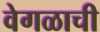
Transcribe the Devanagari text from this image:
वेगळाची